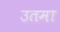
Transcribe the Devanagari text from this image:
उतमा